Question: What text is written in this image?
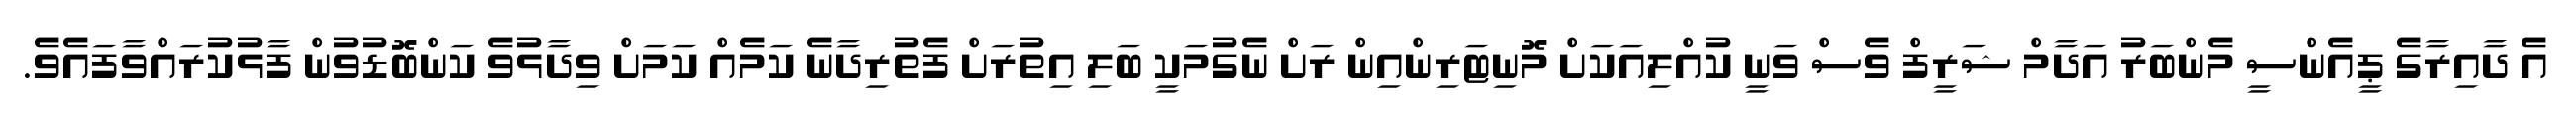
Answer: އެ ދާއިރާގެ ޕީއެންސީ މެންބަރު އަދާމް ޝަރީފް ވެސް ވަނީ ކުއްލިއަކަށް މޮނިޓަރިންއިން ރަށް ނެގުމަކީ ބަލި އިތުރަށް ފެތުރިދާނެ ކަމެއް ކަމަށް ވިދާޅުވެ ކަންބޮޑުވުން ފާޅުކުރައްވާފައެވެ.